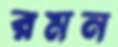
রমন